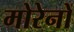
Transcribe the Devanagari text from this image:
मोरेनों